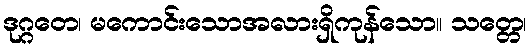
ဒုဂ္ဂတေ၊ မကောင်းသောအလားရှိကုန်သော။ သတ္တေ၊